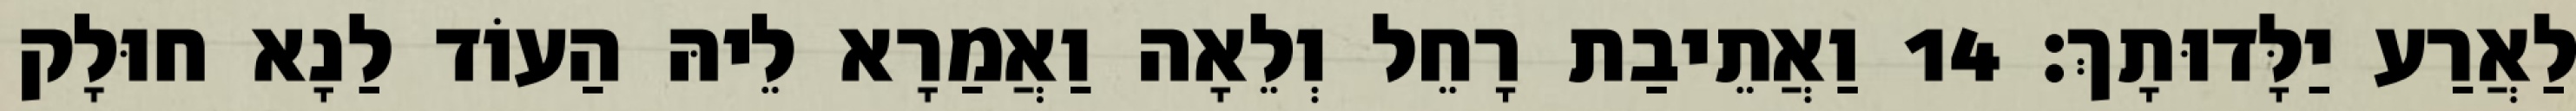
לַאֲרַע יַלָּדוּתָךְ׃ 14 וַאֲתֵיבַת רָחֵל וְלֵאָה וַאֲמַרָא לֵיהּ הַעוֹד לַנָא חוּלָק